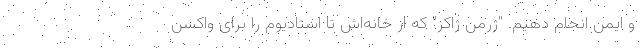
و ایمن انجام دهیم. "ژرمن ژاکز" که از خانه‌اش تا استادیوم را برای واکسن